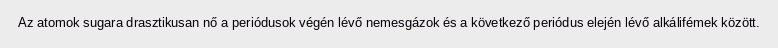
Az atomok sugara drasztikusan nő a periódusok végén lévő nemesgázok és a következő periódus elején lévő alkálifémek között.